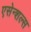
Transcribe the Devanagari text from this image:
एसेन्शल्स